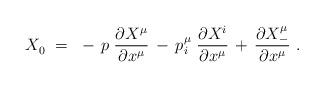
LaTeX: \begin{align*} X_0^{}~ =~- \, p \; \frac{\partial X_{}^\mu}{\partial x_{}^\mu} \, - \, p\>\!_i^\mu \; \frac{\partial X_{}^i}{\partial x^\mu} \, + \, \frac{\partial X_-^\mu}{\partial x^\mu}~. \end{align*}